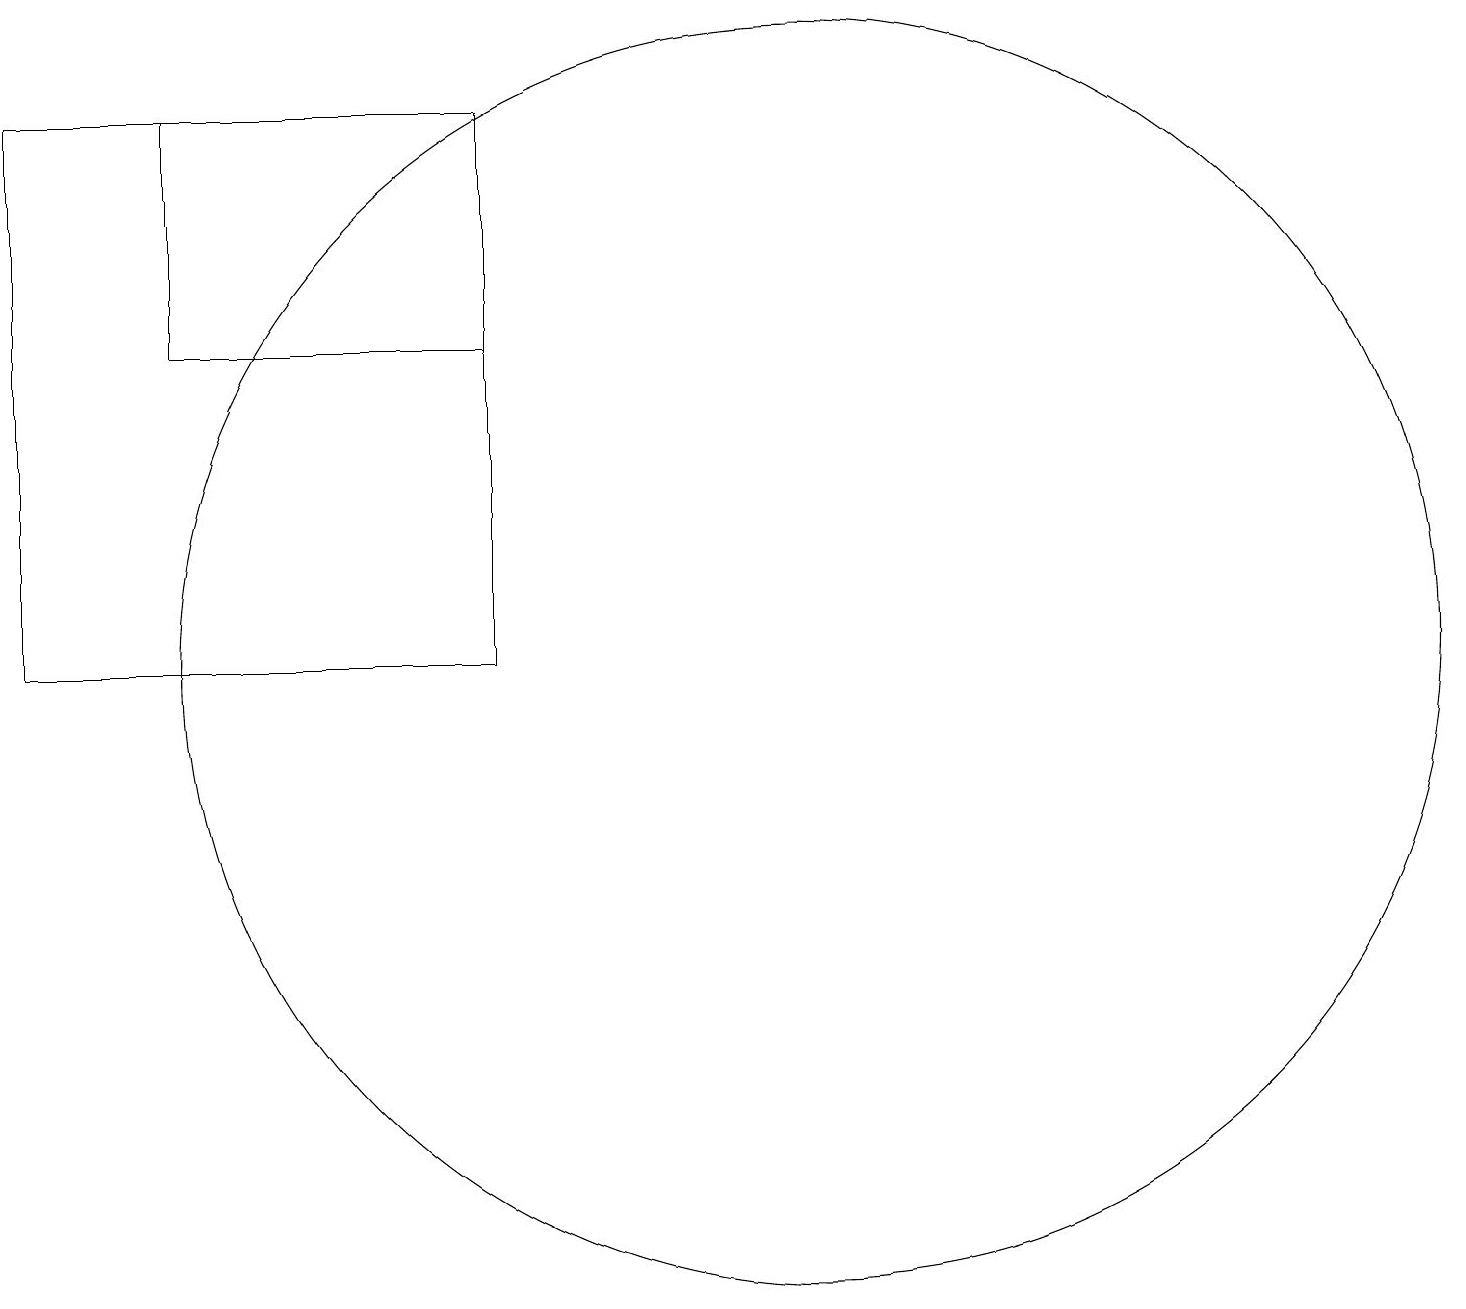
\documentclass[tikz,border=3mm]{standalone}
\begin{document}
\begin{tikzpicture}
\draw (7,15) rectangle (3,18);
\draw (7,11) rectangle (1,18);
\draw (11,11) circle (8);
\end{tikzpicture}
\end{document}